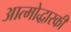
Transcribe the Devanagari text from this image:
आत्मोद्धारकी